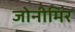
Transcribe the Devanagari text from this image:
जोनीमिर